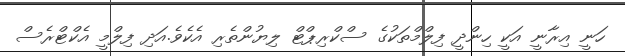
ހަނީ އިރާނީ އަކީ ހިންދީ ފިލްމްތަކުގެ ސްކްރިޕްޓް ލިޔުންތެރި އެކެވެ.އަދި ފިލްމީ އެކްޓްރެސް